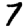
Digit: 7